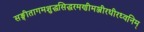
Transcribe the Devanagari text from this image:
सङ्गीतागमशुद्धसिद्धरमणीमञ्जीरधीरध्वनिम्